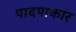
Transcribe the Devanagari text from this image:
पादपाकार